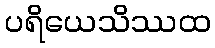
ပရိယေသိဿထ